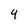
Character: 4